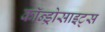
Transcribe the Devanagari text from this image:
कॉन्ड्रोसाइट्स